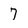
Character: 7